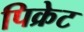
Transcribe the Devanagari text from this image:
पिक्रेट